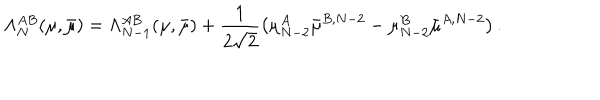
LaTeX: \Lambda _ { N } ^ { A B } ( \mu , \bar { \mu } ) = \Lambda _ { N - 1 } ^ { A B } ( \mu , \bar { \mu } ) + \frac { 1 } { 2 \sqrt { 2 } } \left( \mu _ { N - 2 } ^ { A } \bar { \mu } ^ { B , N - 2 } - \mu _ { N - 2 } ^ { B } \bar { \mu } ^ { A , N - 2 } \right) .